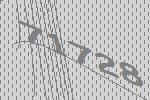
71728